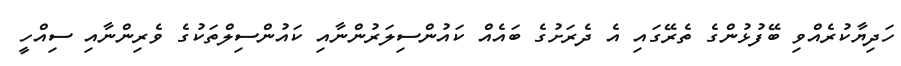
ހަދިޔާކުރެއްވި ބޭފުޅުންގެ ތެރޭގައި އެ ދެރަށުގެ ބައެއް ކައުންސިލަރުންނާއި ކައުންސިލްތަކުގެ ވެރިންނާއި ސިއްހީ